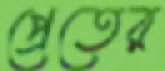
প্রেতের